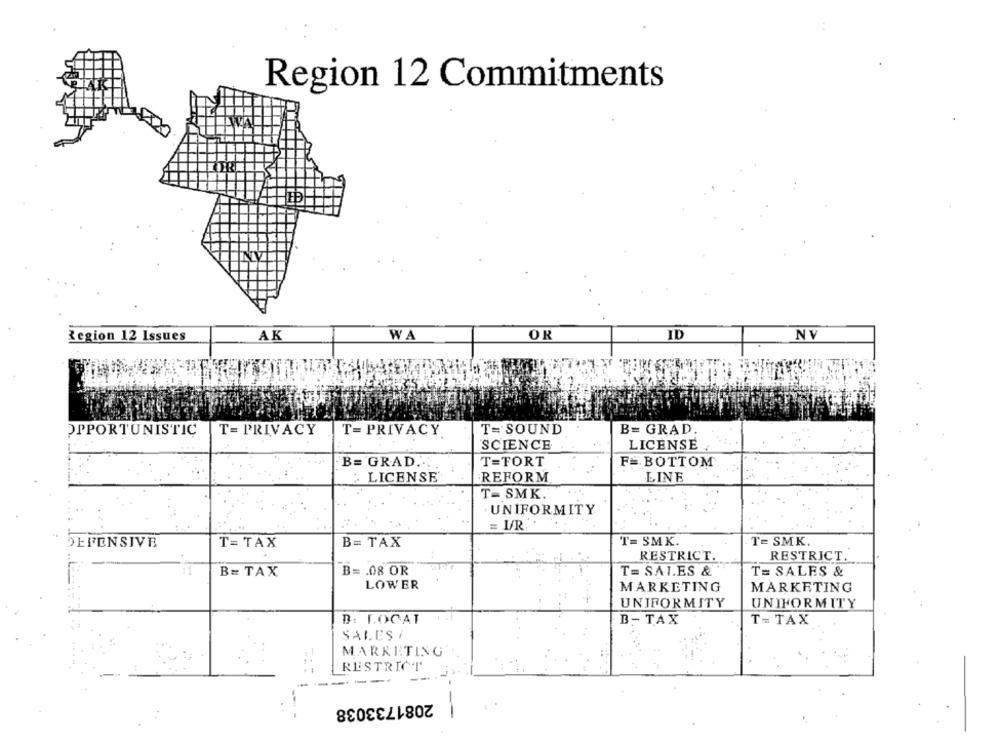
Region 12 Commitments
ID
Legion 12 Issues
AK
WA
OR
N
OPPORTUNISTIC
T= PRIVACY
T= SOUND
B= GRAD.
T= PRIVACY
SCIENCE
LICENSE
B= GRAD.
T=FORT
F=BOTTOM
: LICENSE
REFORM
LINE
T- SMK.
UNIFORMITY
= L/R ..
T= SMK.
T= SMK.
DEFENSIVE
T= TAX
B= TAX
RESTRICT.
RESTRICT.
B= . 08 OR
T= SALES &
T= SALES &
B= TAX
LOWER
MARKETING
MARKETING
UNIFORMITY
UNIFORMITY
B: LOCAT
B- TAX
T= TAX
SALES/
MARKETING
-.
RESTRICT
-
2081733038
-